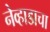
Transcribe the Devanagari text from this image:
नेव्हाडाचा